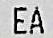
EA